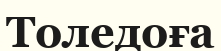
Толедоға